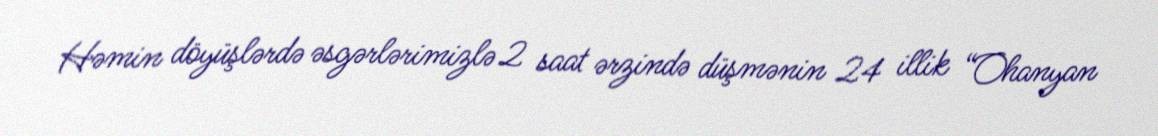
Həmin döyüşlərdə əsgərlərimizlə 2 saat ərzində düşmənin 24 illik “Ohanyan